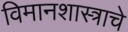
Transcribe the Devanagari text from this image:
विमानशास्त्राचे